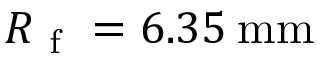
R _ { \mathrm { ~ f ~ } } = 6 . 3 5 \: \mathrm { m m }